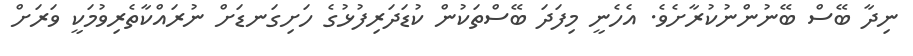
ނިދާ ބޭސް ބޭނުންނުކުރާށެވެ. އެހެނީ މިފަދަ ބޭސްތަކުން ކުޑަދަރިފުޅުގެ ހަށިގަނޑަށް ނުރައްކާތެރިވުމަކީ ވަރަށް